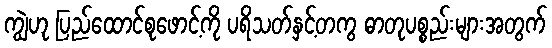
ကျွဲဟု ပြည်ထောင်စုဖောင့်ကို ပရိသတ်နှင့်တကွ ဓာတုပစ္စည်းများအတွက်